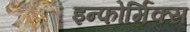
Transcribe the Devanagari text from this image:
इन्फोर्मिक्स